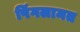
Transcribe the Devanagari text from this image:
पिंगलामत